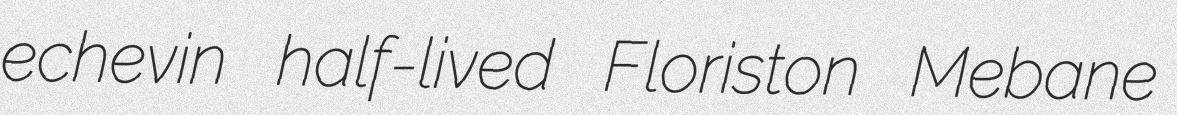
echevin half-lived Floriston Mebane